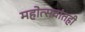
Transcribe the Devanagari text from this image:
महोत्सवांतही